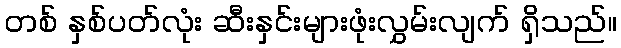
တစ် နှစ်ပတ်လုံး ဆီးနှင်းများဖုံးလွှမ်းလျက် ရှိသည်။